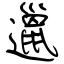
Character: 邋